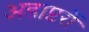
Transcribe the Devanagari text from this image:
अडाप्टरों